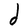
Character: d